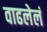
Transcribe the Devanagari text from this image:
वाढलेलं